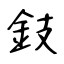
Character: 鈘